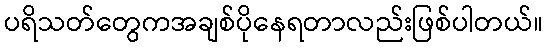
ပရိသတ်တွေကအချစ်ပိုနေရတာလည်းဖြစ်ပါတယ်။